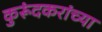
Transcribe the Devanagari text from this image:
कुरूंदकरांच्या